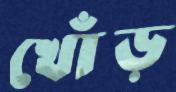
খোঁড়